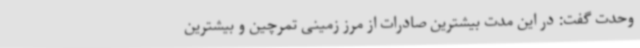
وحدت گفت: در این مدت بیشترین صادرات از مرز زمینی تمرچین و بیشترین